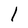
Character: l